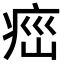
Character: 𤶆